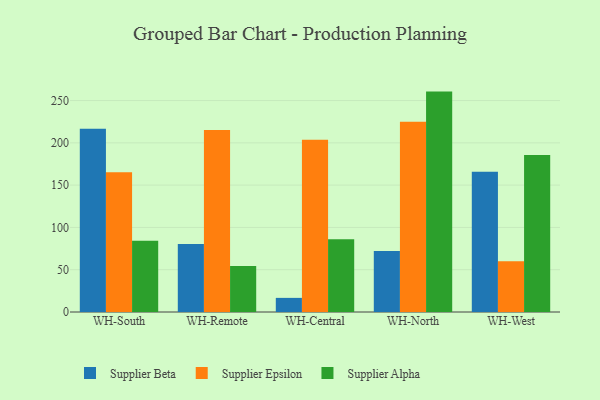
{"axis": {"x": "Warehouse", "y": "Gross Profit (USD K)"}, "legend": ["Supplier Alpha", "Supplier Beta", "Supplier Epsilon"], "data": [{"x": "WH-South", "y": 216.7, "type": "Supplier Beta"}, {"x": "WH-South", "y": 165.1, "type": "Supplier Epsilon"}, {"x": "WH-South", "y": 84.1, "type": "Supplier Alpha"}, {"x": "WH-Remote", "y": 80.3, "type": "Supplier Beta"}, {"x": "WH-Remote", "y": 215.1, "type": "Supplier Epsilon"}, {"x": "WH-Remote", "y": 54.5, "type": "Supplier Alpha"}, {"x": "WH-Central", "y": 16.7, "type": "Supplier Beta"}, {"x": "WH-Central", "y": 203.8, "type": "Supplier Epsilon"}, {"x": "WH-Central", "y": 86.1, "type": "Supplier Alpha"}, {"x": "WH-North", "y": 72.2, "type": "Supplier Beta"}, {"x": "WH-North", "y": 224.9, "type": "Supplier Epsilon"}, {"x": "WH-North", "y": 260.6, "type": "Supplier Alpha"}, {"x": "WH-West", "y": 165.8, "type": "Supplier Beta"}, {"x": "WH-West", "y": 59.9, "type": "Supplier Epsilon"}, {"x": "WH-West", "y": 185.5, "type": "Supplier Alpha"}]}